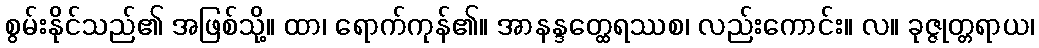
စွမ်းနိုင်သည်၏ အဖြစ်သို့။ ထာ၊ ရောက်ကုန်၏။ အာနန္ဒတ္ထေရဿစ၊ လည်းကောင်း။ လ။ ခုဇ္ဇုတ္တရာယ၊